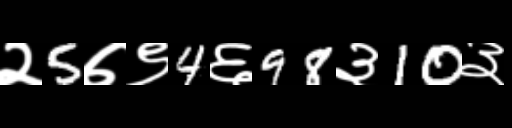
Text: २5७९4६98३10३